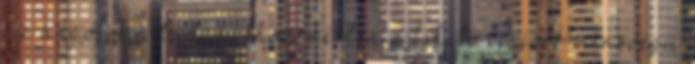
az angolok a tudásukhoz mérten a lehető legjobb minsőégű